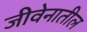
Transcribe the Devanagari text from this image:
जीवेनातील